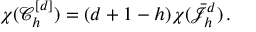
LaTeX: \chi ( \mathcal { C } _ { h } ^ { [ d ] } ) = ( d + 1 - h ) \chi ( \bar { \mathcal { J } } _ { h } ^ { d } ) \, .